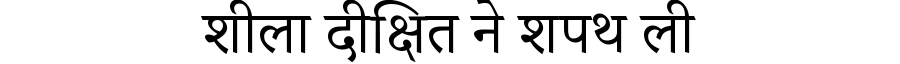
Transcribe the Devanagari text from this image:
शीला दीक्षित ने शपथ ली